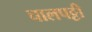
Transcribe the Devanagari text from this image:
चालपट्टी